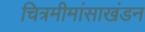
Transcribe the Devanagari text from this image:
चित्रमीमांसाखंडन